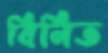
বিনিত